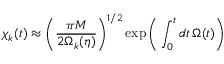
\chi _ { k } ( t ) \approx \bigg ( \frac { \pi M } { 2 \Omega _ { k } ( \eta ) } \bigg ) ^ { 1 / 2 } \exp \bigg ( \int _ { 0 } ^ { t } d t \, \Omega ( t ) \bigg )